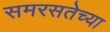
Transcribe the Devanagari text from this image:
समरसतेच्या